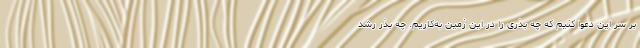
بر سر این دعوا کنیم که چه بذری را در این زمین به‌کاریم. چه بذر رشد